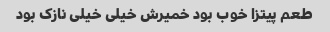
طعم پیتزا خوب بود خمیرش خیلی خیلی نازک بود